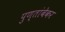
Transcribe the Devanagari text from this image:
पुण्तांबेकर